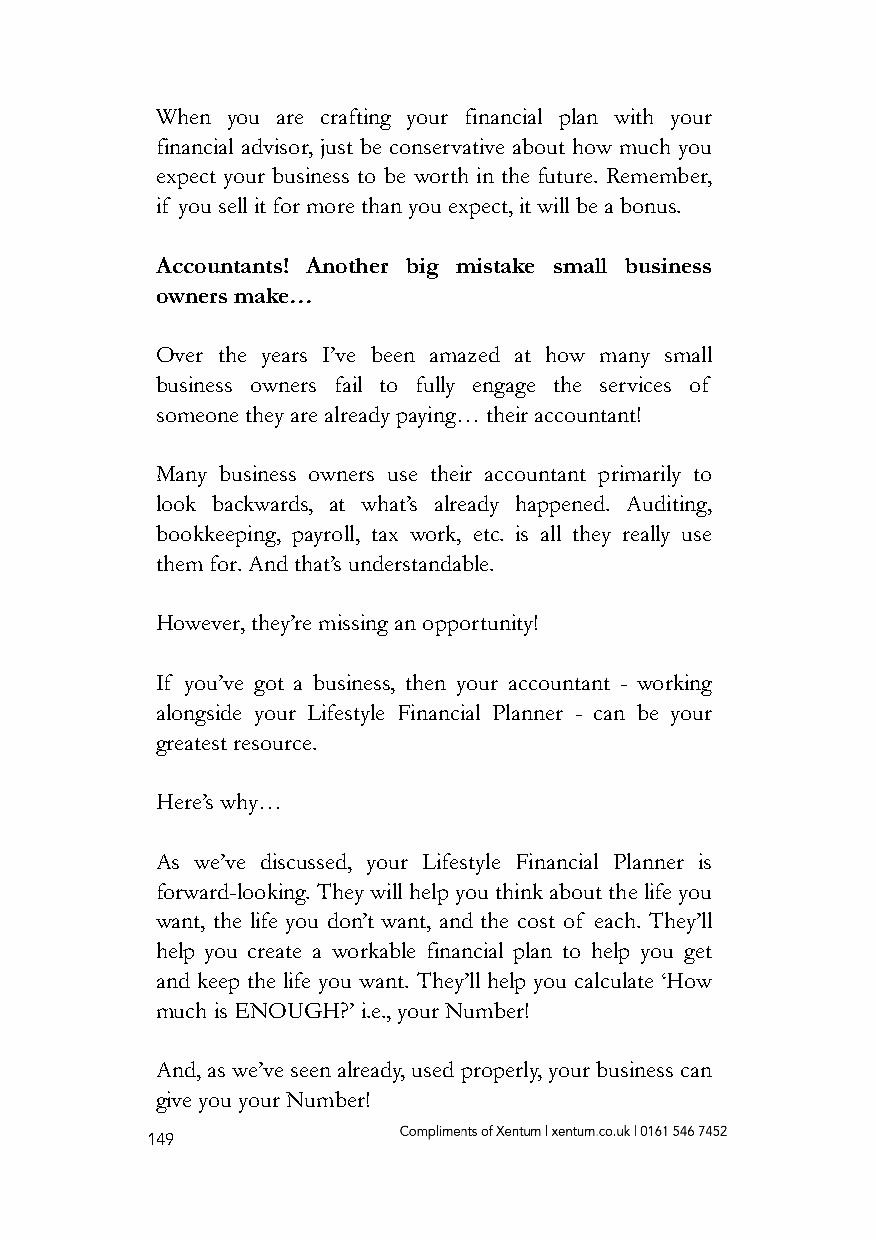
When you are crafting your financial plan with your
 financial advisor, just be conservative about how much you
 expect your business to be worth in the future. Remember,
 if you sell it for more than you expect, it will be a bonus.
 Accountants! Another big mistake small business
 owners make…
 Over the years I’ve been amazed at how many small
 business owners fail to fully engage the services of
 someone they are already paying… their accountant!
 Many business owners use their accountant primarily to
 look backwards, at what’s already happened. Auditing,
 bookkeeping, payroll, tax work, etc. is all they really use
 them for. And that’s understandable.
 However, they’re missing an opportunity!
 If you’ve got a business, then your accountant - working
 alongside your Lifestyle Financial Planner - can be your
 greatest resource.
 Here’s why…
 As we’ve discussed, your Lifestyle Financial Planner is
 forward-looking. They will help you think about the life you
 want, the life you don’t want, and the cost of each. They’ll
 help you create a workable financial plan to help you get
 and keep the life you want. They’ll help you calculate ‘How
 much is ENOUGH?’ i.e., your Number!
 And, as we’ve seen already, used properly, your business can
 give you your Number!
 149